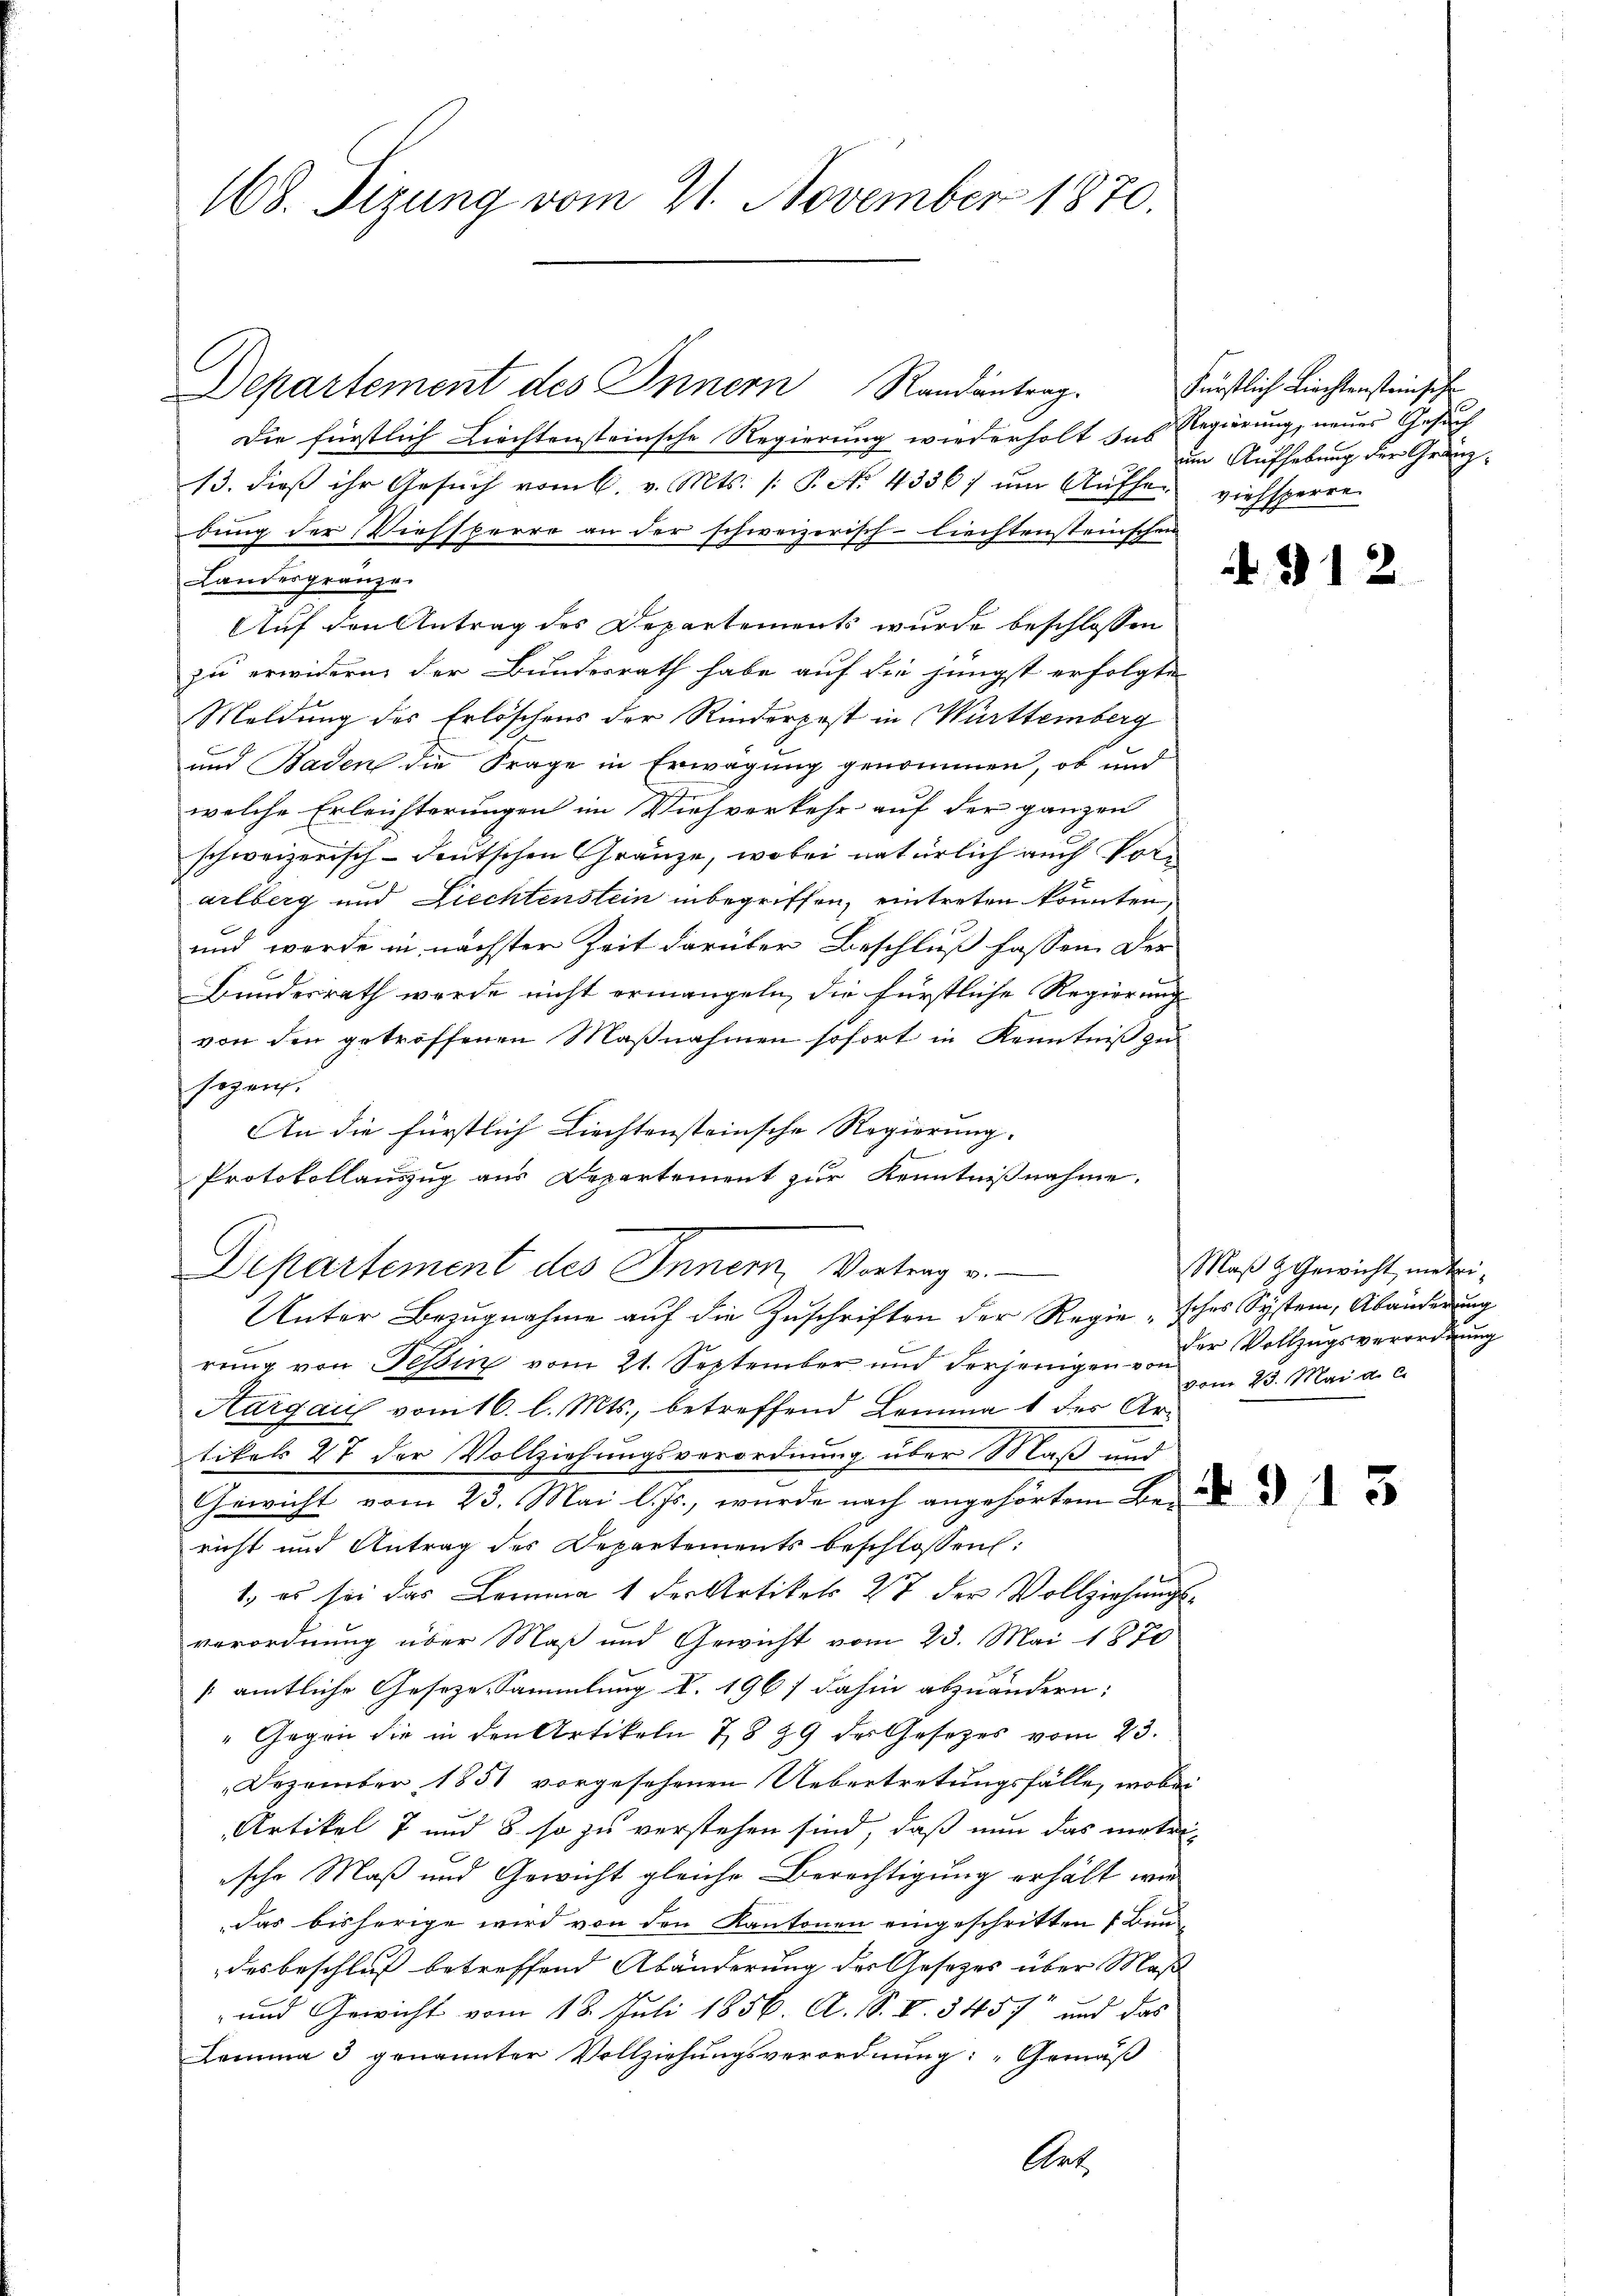
168. Sizung vom 21. November 1870.

Departement des Innern Randantrag.

Departement des Innern, Vortrag v.
Unter Bezugnahme auf die Zuschriften der Regie sches System, Abänderung

Die fürstlich Liechtensteinsche Regierung wiederholt sub
13. dieβ ihr Gesŭch vom 6. v. Mts. /: P. Nr. 4336/ ŭm Aŭfher viehsperre
bung der Viehsperre an der schweizerisch-liechtensteinschen
Landesgränze.
Auf den Antrag des Departements wurde beschlossen
zu erwidern der Bundesrath habe auf die jüngst erfolgte
Meldung des Erlöschens der Rinderpost in Württemberg
und Baden die Frage in Erwägung genommen, ob und
welche Erleichterungen im Viehverkehr auf der ganzen
schweizerisch-deutschen Gränze, wobei natürlich auch Vorarlberg und Liechtenstein inbegriffen, eintreten könnten.
und werde in nächster Zeit darüber Beschluß fassen. Der
Bundesrath werde nicht ermangeln, die fürstliche Regierung
von den getroffenen Maßnahmen sofort in Kenntniß zu
segen.
An die fürstlich Liechtensteinsche Regierung.
Protokollauszug aus Departement zur Kenntnißnahme.

rung von Tessin vom 21. September und derjenigen von 23. Mai a.c.
Aargau vom 16. l. Mts., betreffend Lemma 1 der Artikel 27 der Vollziehungsverordnung über Maß und
Gewicht vom 23. Mai l. Js., wurde nach angehörtem Bericht und Antrag des Departements beschlossen:
1. es sei das Lemma 1 der Artikels 27 der Vollziehungsverordnung über Maß und Gewicht vom 23. Mai 1870
[amtliche Gesezes-Sammlung d. 1967 dahin abzuändern:
"Gegen die in den Artikeln 789 der Gesetzes vom 23.
Dezember 1851 vorgesehenen Uebertretungsfälle, wobei
Artikel 7 und 8. so zu verstehen sind, daß nun das mater-
ische Maß und Gewicht gleiche Berechtigung erhält wie
das bisherige wird von den Kantonen eingeschritten Bun
desbeschluß betreffend Abänderung der Gesetzes über Maß
- und Gewicht vom 18. Juli 1856. A. S. V. 3457 und das
Lemma 3 genannter Vollziehungsverordnung: „Gemäß
Ant.

Fürstlich Liechtensteinsiche
Regierung, neuer Gesuch
um Aufhebung der Gränz¬

312

Maß & Gewicht metrider Vollzugsverordnung

§ 13